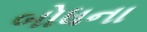
બોધના